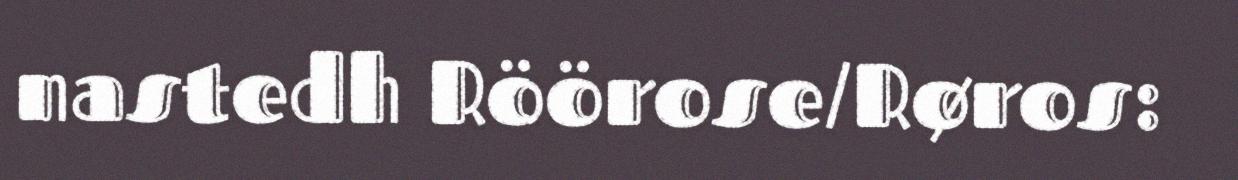
nastedh Röörose/Røros: